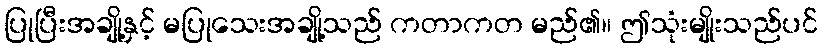
ပြုပြီးအချို့နှင့် မပြုသေးအချို့သည် ကတာကတ မည်၏။ ဤသုံးမျိုးသည်ပင်